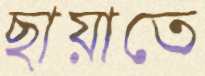
ছায়াতে